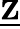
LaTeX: \underline{{\mathbf{Z}}}